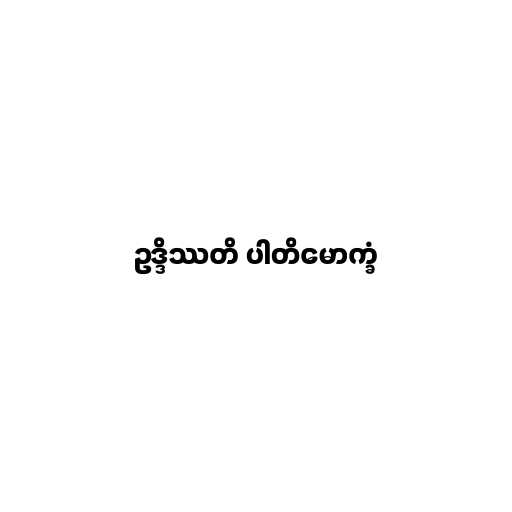
ဥဒ္ဒိဿတိ ပါတိမောက္ခံ